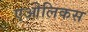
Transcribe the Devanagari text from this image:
एओलिकस